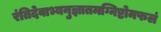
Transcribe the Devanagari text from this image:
रंतिदेवाभ्यनुज्ञातमग्निष्टोमफलं